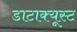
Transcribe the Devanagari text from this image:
डाटाक्यूस्ट